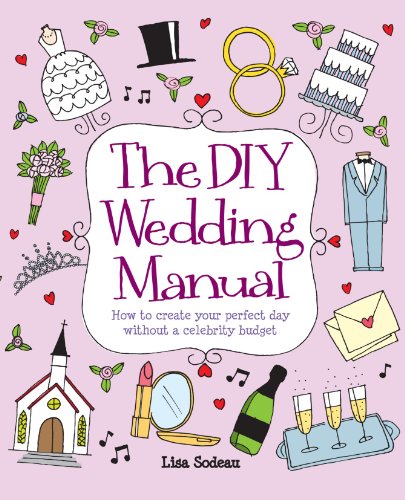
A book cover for The DIY Wedding Manual: How to Create Your Perfect Day Without a Celebrity Budget; Lisa Sodeau; Crafts, Hobbies & Home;